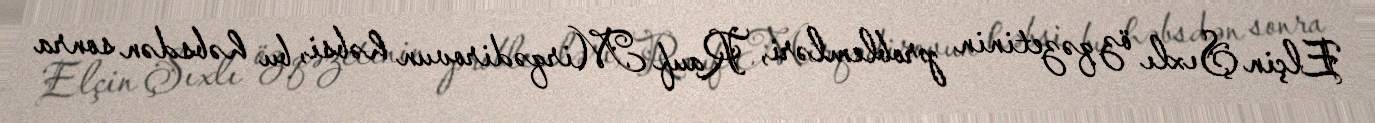
Elçin Şıxlı öz qəzetinin problemləri, Rauf Mirqədirovun həbsi, bu həbsdən sonra